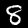
Label: 8